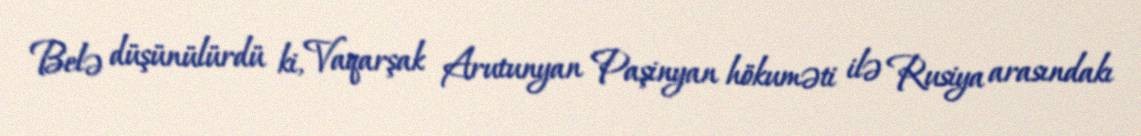
Belə düşünülürdü ki, Vaqarşak Arutunyan Paşinyan hökuməti ilə Rusiya arasındakı